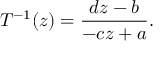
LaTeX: T ^ { - 1 } ( z ) = \frac { d z - b } { - c z + a } .